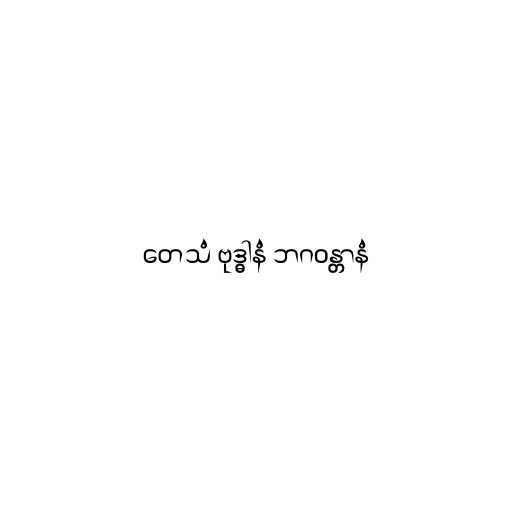
တေသံ ဗုဒ္ဓါနံ ဘဂဝန္တာနံ